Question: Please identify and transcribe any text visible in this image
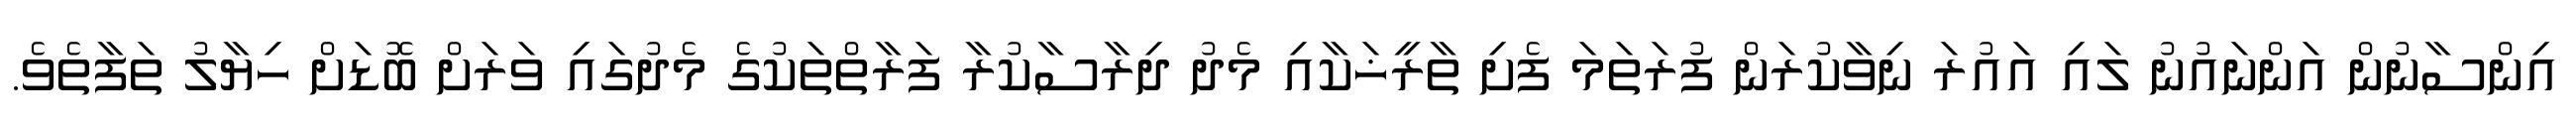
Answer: އިންސާނުން އަންނައުނު ލައި އައުރަ ނިވާކުރަން ފުރަތަމަ ފެށި ތާރީޚަކާއި މެދު ދިރާސާކުރާ ފަރާތްތަކުގެ މެދުގައި ވަރަށް ބޮޑަށް ހިޔާލު ތަފާތެވެ.